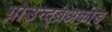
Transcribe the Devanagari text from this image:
ग्रोउन्द्ब्रेअकीङ्